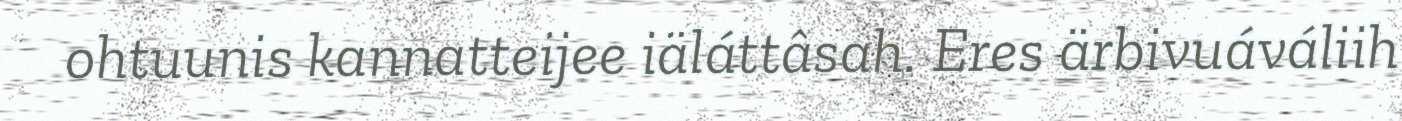
ohtuunis kannatteijee iäláttâsah. Eres ärbivuáváliih